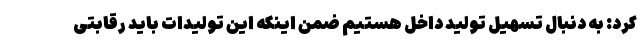
کرد: به دنبال تسهیل تولید داخل هستیم ضمن اینکه این تولیدات باید رقابتی